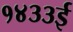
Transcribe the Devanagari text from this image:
१४३३ई